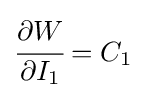
{\cfrac {\partial W}{\partial I_{1}}}=C_{1}